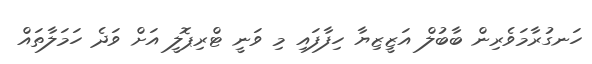
ހަނގުރާމަވެރިން ބާބުލް އަޒީޒިޔާ ހިފާފައި މި ވަނީ ޓްރިޕޮލީ އަށް ވަދެ ހަމަލާތައް